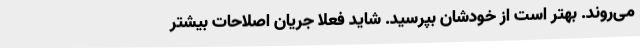
می‌روند. بهتر است از خودشان بپرسید. شاید فعلاً جریان اصلاحات بیشتر